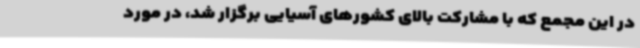
در این مجمع که با مشارکت بالای کشورهای آسیایی برگزار شد، در مورد